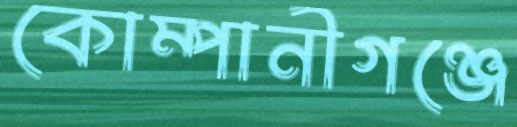
কোম্পানীগঞ্জে